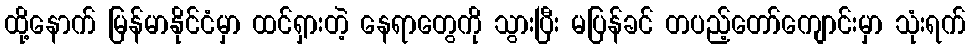
ထို့နောက် မြန်မာနိုင်ငံမှာ ထင်ရှားတဲ့ နေရာတွေကို သွားပြီး မပြန်ခင် တပည့်တော်ကျောင်းမှာ သုံးရက်